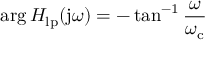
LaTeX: \arg H _ { \mathrm { l p } } ( \mathrm { j } \omega ) = - \tan ^ { - 1 } { \frac { \omega } { \omega _ { \mathrm { c } } } }